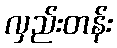
လှည်းတန်း